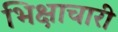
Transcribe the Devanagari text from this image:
भिक्षाचारी